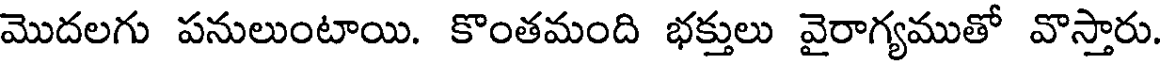
మొదలగు పనులుంటాయి. కొంతమంది భక్తులు వైరాగ్యముతో వొస్తారు.